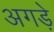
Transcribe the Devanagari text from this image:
अगड़े